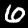
Label: 6